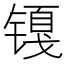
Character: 𲈖